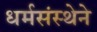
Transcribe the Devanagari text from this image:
धर्मसंस्थेने